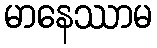
မာနေဿာမ